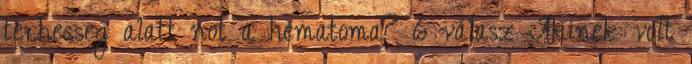
terhesseg alatt not a hematoma? 6 válasz Akinek volt